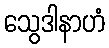
သွေဒါနာဟံ